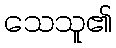
သေသူ၏